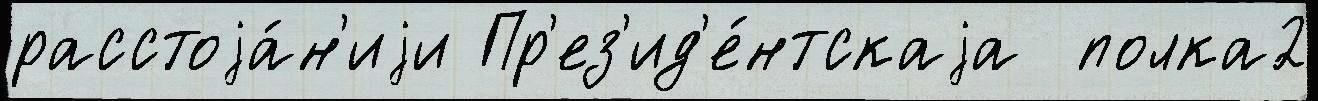
расстоjа́н'иjи Пр'ез'ид'е́нтскаjа  полка2